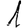
Digit: 1